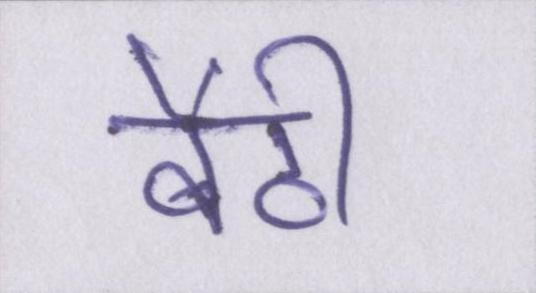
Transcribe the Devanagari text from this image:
बैठी